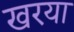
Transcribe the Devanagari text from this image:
खरया